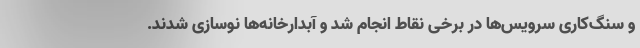
و سنگ‌کاری سرویس‌ها در برخی نقاط انجام شد و آبدارخانه‌ها نوسازی شدند.